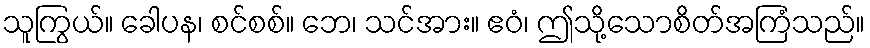
သူကြွယ်။ ခေါပန၊ စင်စစ်။ ဘေ၊ သင်အား။ ဧဝံ၊ ဤသို့သောစိတ်အကြံသည်။